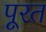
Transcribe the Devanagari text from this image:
पूरत